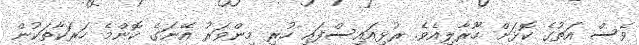
ވެސް އަތުގެ ކޮޅަށް ހޫރާލިއެވެ. ރުޅިއައިސްފައި ހުރި މިންވަރު އޭނަގެ ކޮންމެ ހަރަކާތަކުން